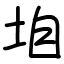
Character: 垍